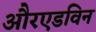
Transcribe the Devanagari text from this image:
औरएडविन